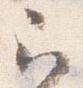
云